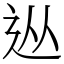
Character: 𨑹